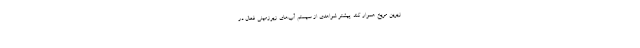
زیرین مریخ هموار کند. پیشتر شواهدی از سیستم آب‌های زیرزمینی فعال در